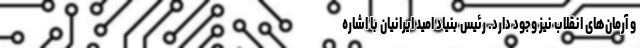
و آرمان‌های انقلاب نیز وجود دارد. رئیس بنیاد امید ایرانیان با اشاره